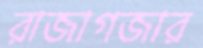
রাজাগজার